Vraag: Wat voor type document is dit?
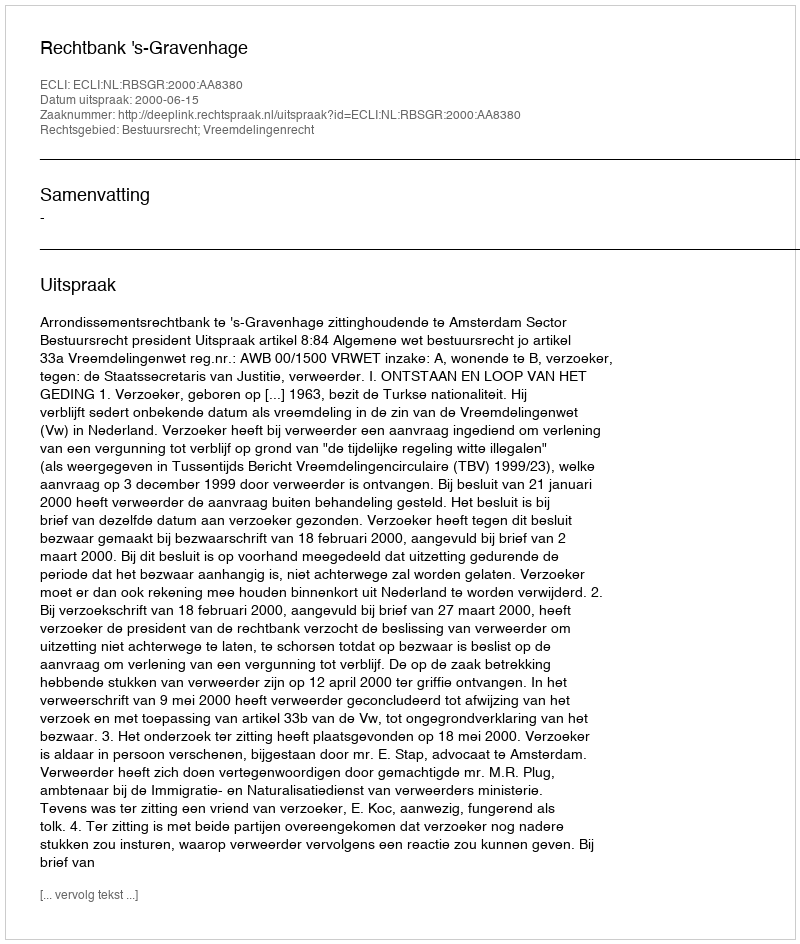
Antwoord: Uitspraak